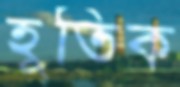
হূতিক